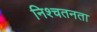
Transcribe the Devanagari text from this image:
निश्चतनता